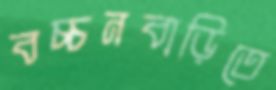
বচ্চনবাড়িতে